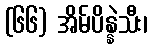
(၆၆) အိမ်ပိန္နဲသီး၊